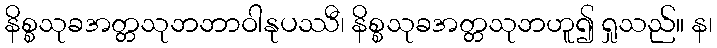
နိစ္စသုခအတ္တသုဘဘာဝါနုပဿီ၊ နိစ္စသုခအတ္တသုဘဟူ၍ ရှုသည်။ န၊